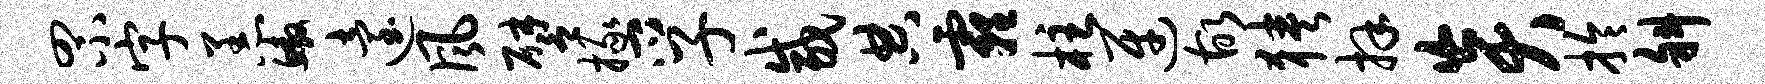
罘字恙鳌迨风譬掾孚咸典霾柱迓故狭拜炎拎斜